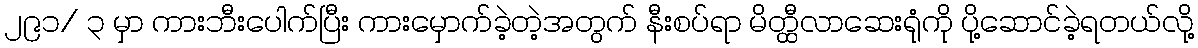
၂၉၁/ ၃ မှာ ကားဘီးပေါက်ပြီး ကားမှောက်ခဲ့တဲ့အတွက် နီးစပ်ရာ မိတ္ထီလာဆေးရုံကို ပို့ဆောင်ခဲ့ရတယ်လို့